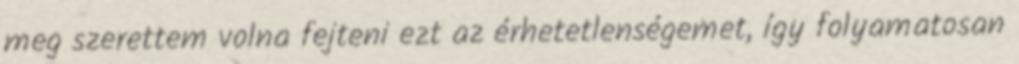
meg szerettem volna fejteni ezt az érhetetlenségemet, így folyamatosan